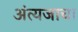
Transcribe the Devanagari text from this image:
अंत्यजाचा